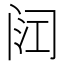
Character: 𮤳